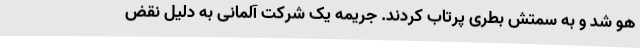
هو شد و به سمتش بطری‌ پرتاب کردند. جریمه یک شرکت آلمانی به دلیل نقض